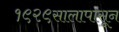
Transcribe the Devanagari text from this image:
१९२९सालापासून